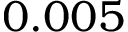
0 . 0 0 5